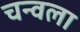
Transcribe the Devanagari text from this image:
चन्वला